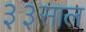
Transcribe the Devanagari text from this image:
३३साल